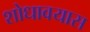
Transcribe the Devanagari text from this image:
शोधावयास